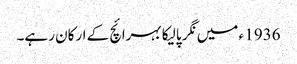
1936 ء میں نگر پالیکا بہرائچ کے ارکان رہے۔